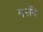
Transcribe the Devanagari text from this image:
य२दि